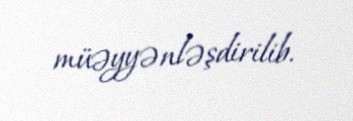
müəyyənləşdirilib.